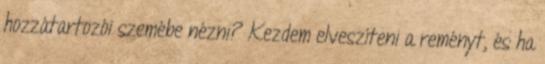
hozzátartozói szemébe nézni? Kezdem elveszíteni a reményt, és ha